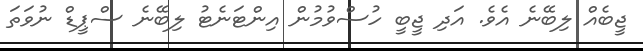
ޖީބެއް ލިބޭނެ އެވެ. އަދި ޖީބީ ހުސްވުމުން އިންޓަނެޓު ލިބޭނެ ސްޕީޑް ނުވަތަ